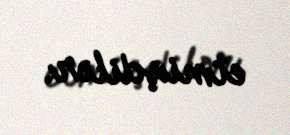
etmişdilər.